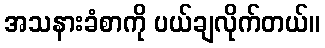
အသနားခံစာကို ပယ်ချလိုက်တယ်။